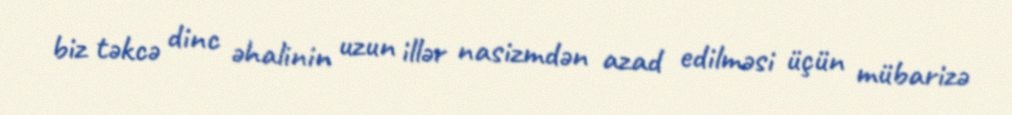
biz təkcə dinc əhalinin uzun illər nasizmdən azad edilməsi üçün mübarizə